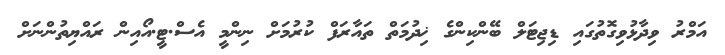
އަމްރު ވިދާޅުވިގޮތުގައި ޑިޖިޓަލް ބޭންކިންގެ ޚިދުމަތް ތައާރަފް ކުރުމަށް ނިންމީ އެސް.ޓީ.އޯއިން ރައްޔިތުންނަށް